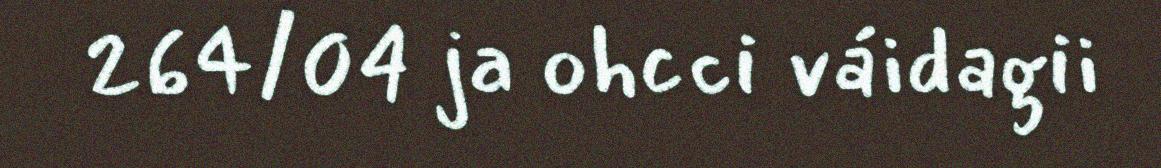
264/04 ja ohcci váidagii